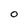
Character: o